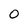
Character: 0